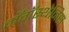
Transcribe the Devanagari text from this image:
मॅगॅस्थेनिस